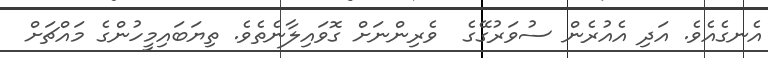
އެނގެއެވެ. އަދި އެއުރެން ސުވަރުގޭގެ  ވެރިންނަށް ގޮވައިލާނެތެވެ. ތިޔަބައިމީހުންގެ މައްޗަށް